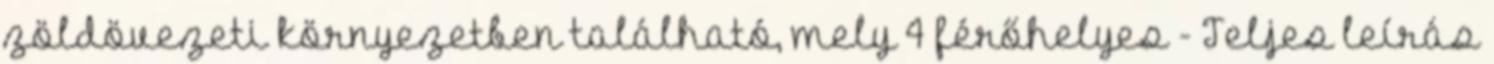
zöldövezeti környezetben található, mely 4 férőhelyes - Teljes leírás